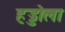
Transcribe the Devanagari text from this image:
हड्डोला